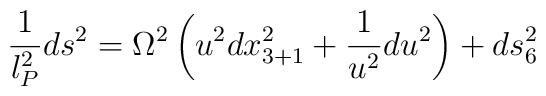
\frac{1}{l_P^2}ds^2 =	\Omega^2 \left ( u^2 dx_{3+1}^2 + \frac{1}{u^2} du^2 \right ) + ds_6^2